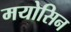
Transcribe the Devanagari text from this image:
मयोसिन